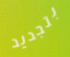
بتجديد